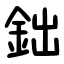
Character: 鈯